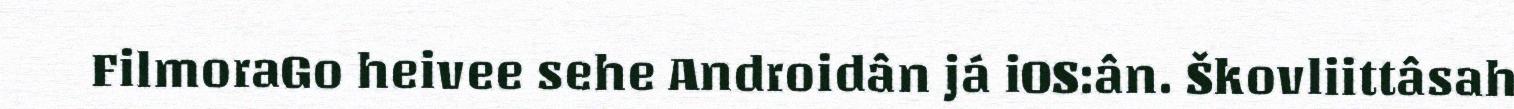
FilmoraGo heivee sehe Androidân já iOS:ân. Škovliittâsah